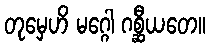
တုမှေဟိ မဂ္ဂေါ ဂစ္ဆီယတေ။